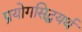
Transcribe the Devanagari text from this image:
प्रयोगसिद्धयर्थ